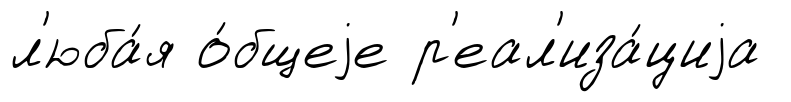
л'юба́я о́бщеjе р'еал'иза́циjа